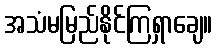
အသံမမြည်နိုင်ကြရှာချေ။